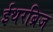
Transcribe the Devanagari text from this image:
ईथरब्रिज